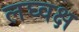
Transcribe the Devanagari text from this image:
लघ्वक्ष